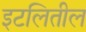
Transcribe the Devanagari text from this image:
इटलितील